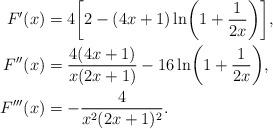
LaTeX: \begin{align*}F'(x)&=4\biggl[2-(4 x+1) \ln \biggl(1+\frac{1}{2 x}\biggr)\biggr],\\F''(x)&=\frac{4(4 x+1)}{x (2 x+1)}-16\ln \biggl(1+\frac{1}{2 x}\biggr),\\F'''(x)&=-\frac4{x^2 (2 x+1)^2}.\end{align*}